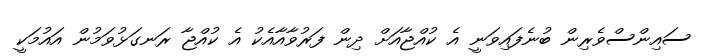
ސައިންސްވެރިން ބުނެފައިވަނީ އެ ކުއްޖާއަށް ދިން ފަރުވާއާއެކު އެ ކުއްޖާ ރަނގަޅުވަމުން އައުމަކީ